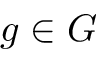
g \in G